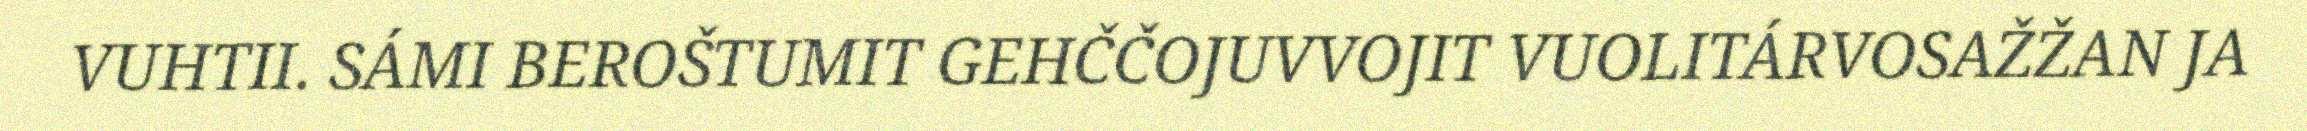
VUHTII. SÁMI BEROŠTUMIT GEHČČOJUVVOJIT VUOLITÁRVOSAŽŽAN JA